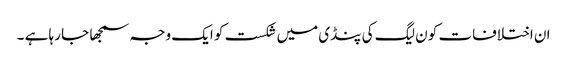
ان اختلافات کو ن لیگ کی پنڈی میں شکست کو ایک وجہ سمجھا جا رہا ہے ۔